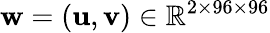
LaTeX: \mathbf{w}=(\mathbf{u},\mathbf{v})\in\mathbb{R}^{2\times 96\times 96}